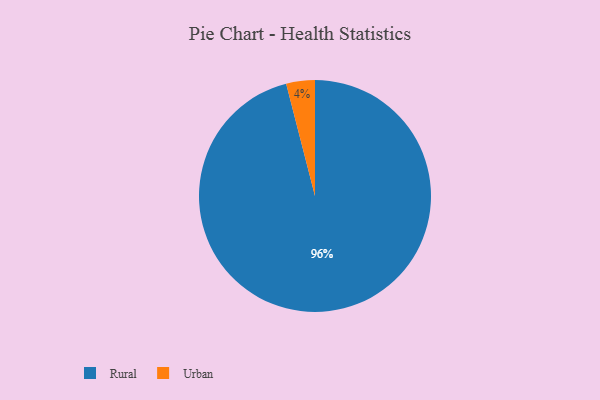
{"axis": {"x": "Category", "y": "Percentage"}, "legend": ["Rural", "Urban"], "data": [{"x": "Rural", "y": 96, "type": "Rural"}, {"x": "Urban", "y": 4, "type": "Urban"}]}